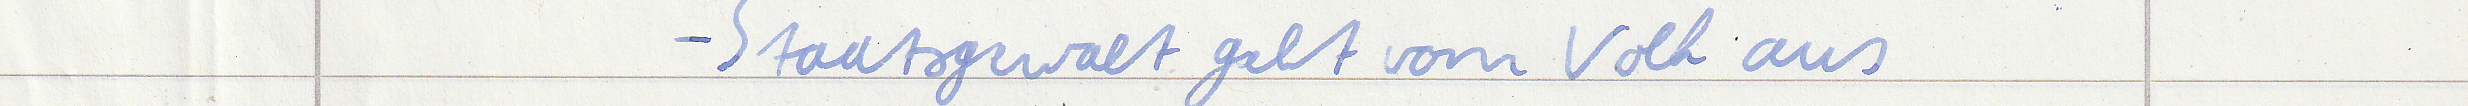
- Staatsgewalt geht vom Volk aus